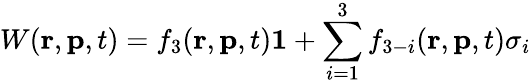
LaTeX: W(\mathbf{r},\mathbf{p},t)=f_{3}(\mathbf{r},\mathbf{p},t)\mathbf{1}+\sum_{i=1}^{3}f_{3-i}(\mathbf{r},\mathbf{p},t)\sigma_{i}